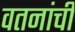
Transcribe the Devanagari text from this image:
वतनांची